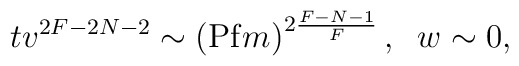
t v^{2F-2N-2} \sim \left({\rm Pf} m\right)^{2\frac{F-N-1}{F}}, \; \;  w \sim 0,